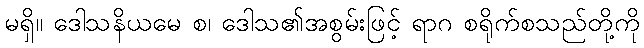
မရှိ။ ဒေါသနိယမေ စ၊ ဒေါသ၏အစွမ်းဖြင့် ရာဂ စရိုက်စသည်တို့ကို